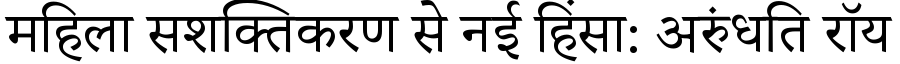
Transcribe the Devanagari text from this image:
महिला सशक्तिकरण से नई हिंसा: अरुंधति रॉय